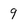
Character: 9